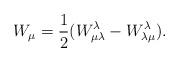
LaTeX: \begin{align*}W_\mu=\frac{1}{2}(W^\lambda_{\mu\lambda}-W^\lambda_{\lambda\mu}).\end{align*}